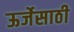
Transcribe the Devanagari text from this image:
ऊर्जेसाठी